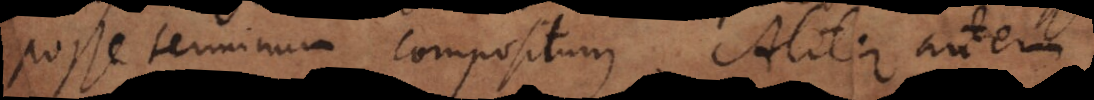
posse terminum compositum. Aliter au